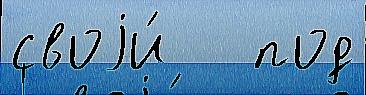
своjи́   под